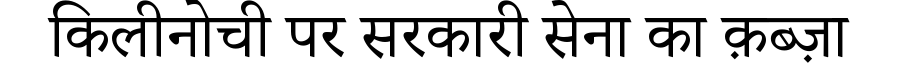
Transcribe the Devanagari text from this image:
किलीनोची पर सरकारी सेना का क़ब्ज़ा